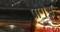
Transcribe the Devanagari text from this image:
प्रोगेस